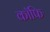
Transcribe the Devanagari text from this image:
कॉफि